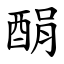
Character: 䣺